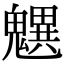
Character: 𩴜